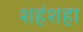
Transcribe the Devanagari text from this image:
शहंशहा